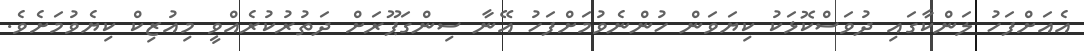
އެއަށްފަހު ލަންކާގައި ދުވަސްކޮޅަކު ކިޔަވަން ހުންނެވުމަށްފަހު އޭނާ ސިންގަޕޫރަށް ދަތުރުކުރެއްވީ މިއުޒިކް ކިޔެވުމަށެވެ.